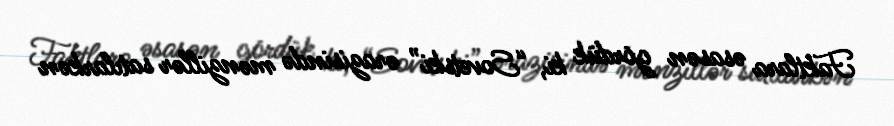
Faktlara əsasən gördük ki, “Sovetski” ərazisində mənzillər satılarkən